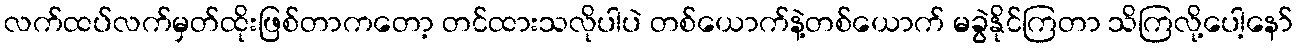
လက်ထပ်လက်မှတ်ထိုးဖြစ်တာကတော့ တင်ထားသလိုပါပဲ တစ်ယောက်နဲ့တစ်ယောက် မခွဲနိုင်ကြတာ သိကြလို့ပေါ့နော်